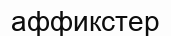
аффикстер